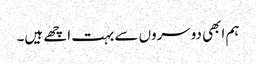
ہم ابھی دوسروں سے بہت اچھے ہیں۔